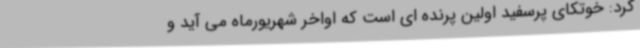
کرد: خوتکای پرسفید اولین پرنده ای است که اواخر شهریورماه می آید و